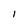
Character: 1